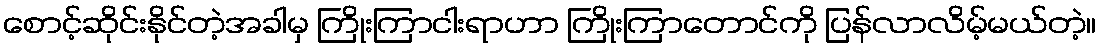
စောင့်ဆိုင်းနိုင်တဲ့အခါမှ ကြိုးကြာငါးရာဟာ ကြိုးကြာတောင်ကို ပြန်လာလိမ့်မယ်တဲ့။